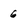
Character: 6